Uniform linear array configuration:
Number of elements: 24
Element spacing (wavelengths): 0.25
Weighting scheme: exponential
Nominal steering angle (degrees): -30
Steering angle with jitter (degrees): -30.43
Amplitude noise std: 0.05
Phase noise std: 0.05

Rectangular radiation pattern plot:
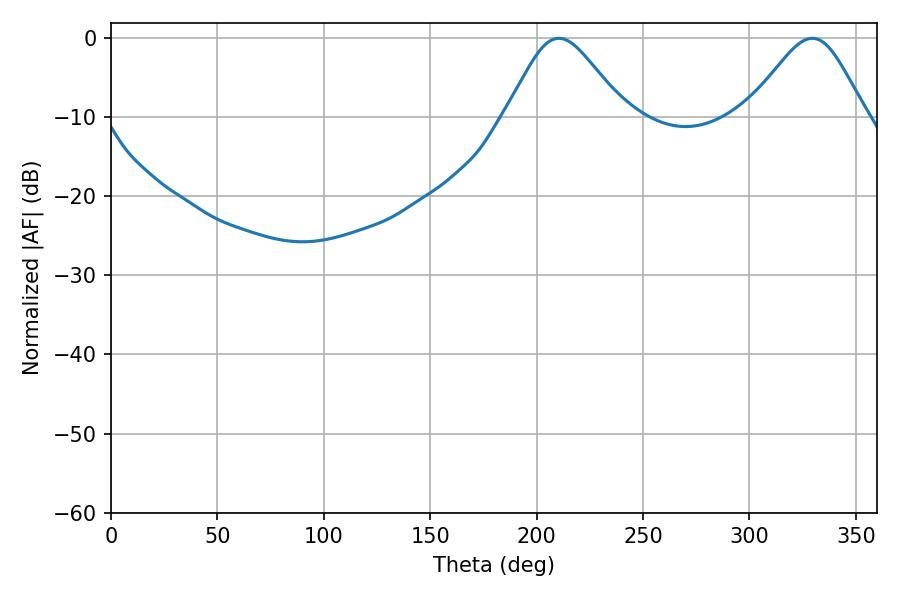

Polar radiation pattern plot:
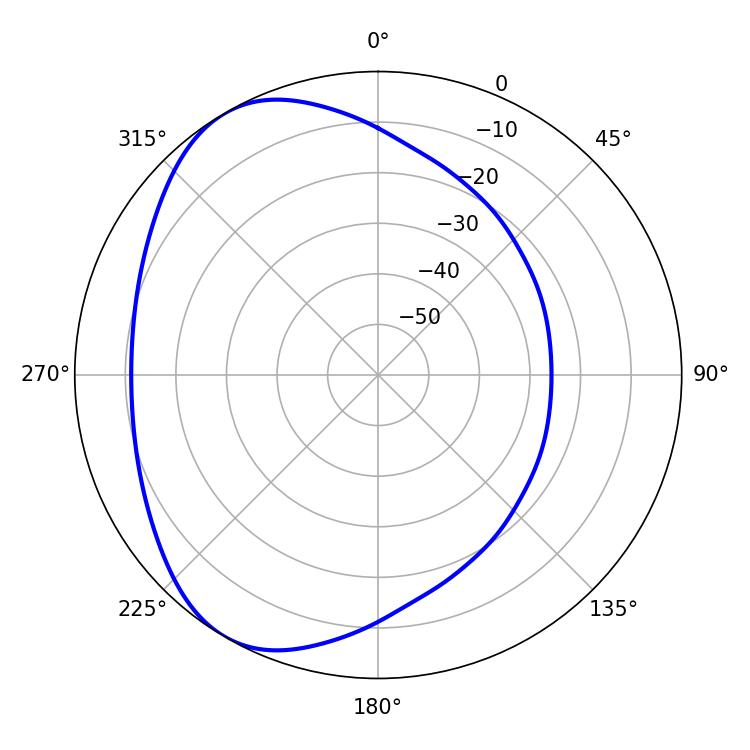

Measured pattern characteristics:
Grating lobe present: FALSE
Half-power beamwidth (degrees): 27.36
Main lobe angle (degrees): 210.42